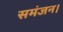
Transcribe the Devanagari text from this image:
समंजन।